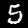
Label: 5